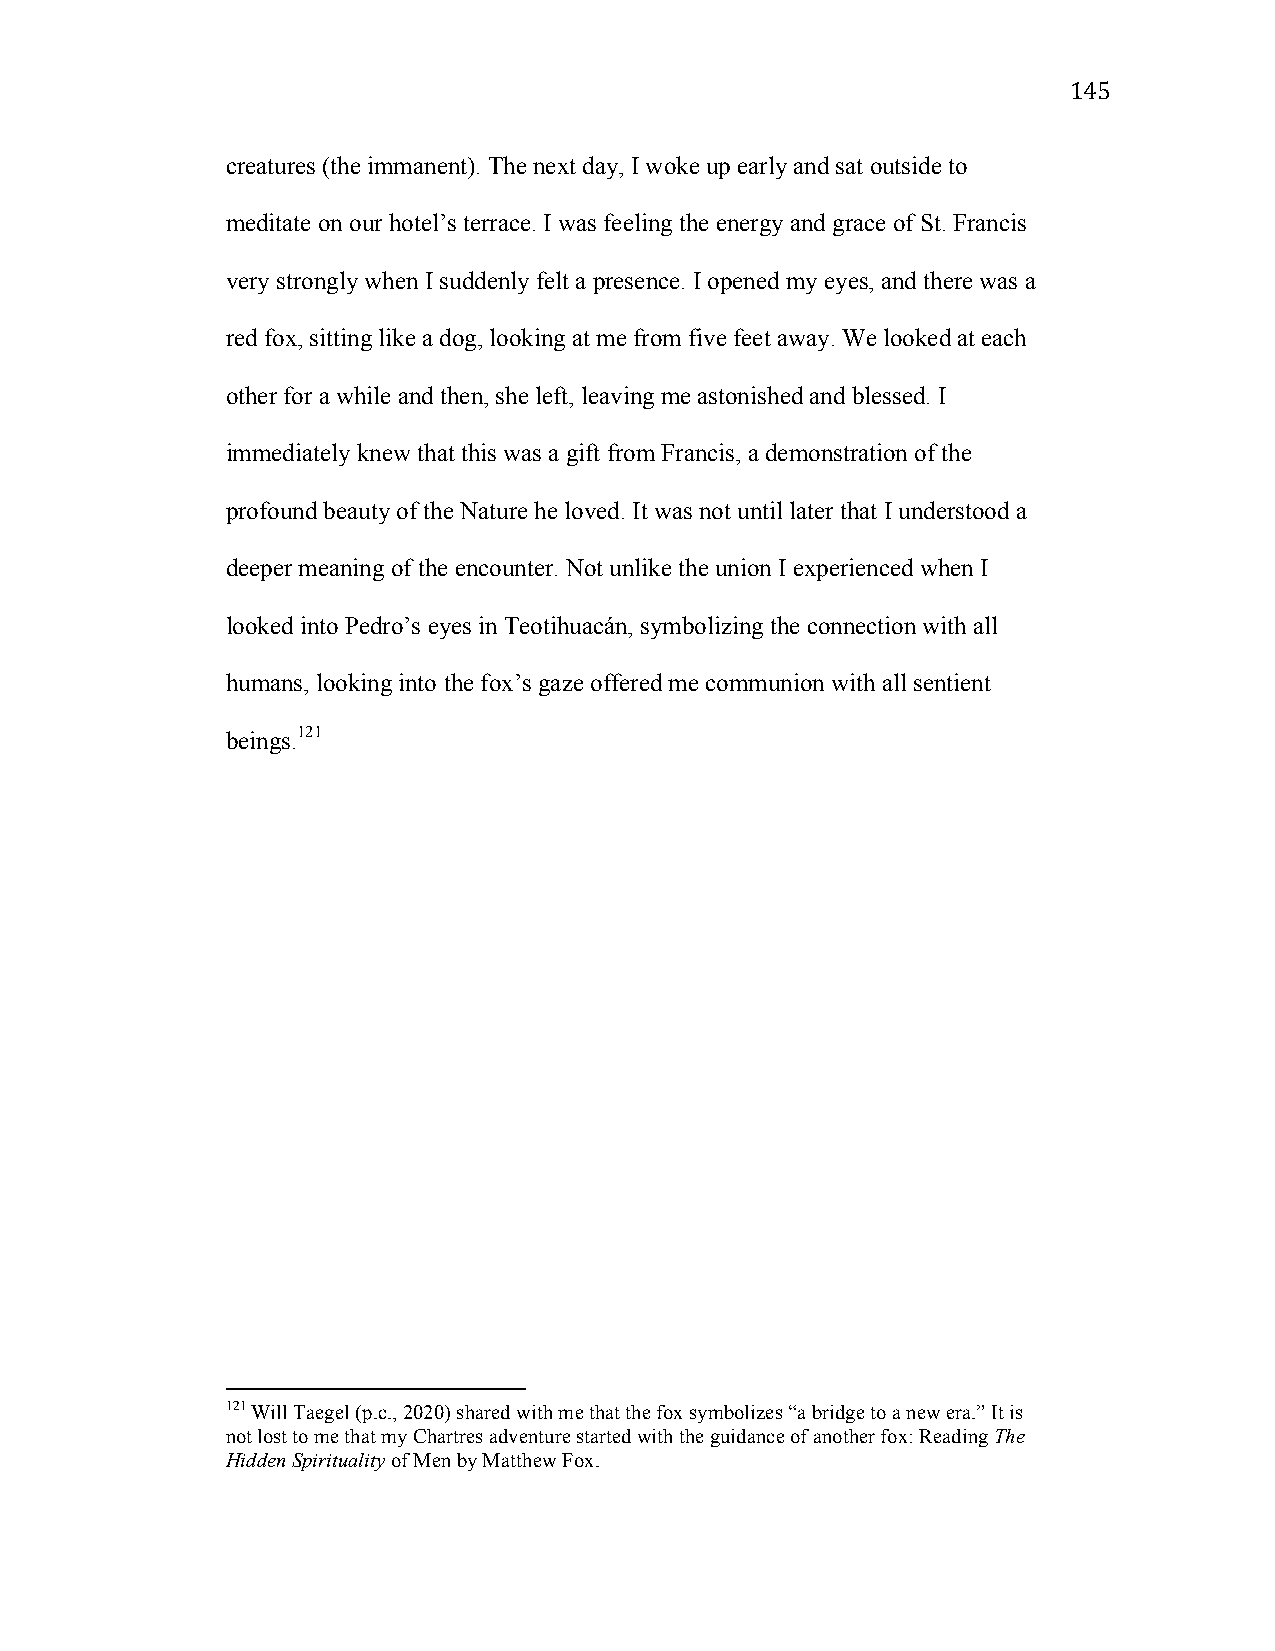
145
 creatures (the immanent). The next day, I woke up early and sat outside to
 meditate on our hotel’s terrace. I was feeling the energy and grace of St. Francis
 very strongly when I suddenly felt a presence. I opened my eyes, and there was a
 red fox, sitting like a dog, looking at me from five feet away. We looked at each
 other for a while and then, she left, leaving me astonished and blessed. I
 immediately knew that this was a gift from Francis, a demonstration of the
 profound beauty of the Nature he loved. It was not until later that I understood a
 deeper meaning of the encounter. Not unlike the union I experienced when I
 looked into Pedro’s eyes in Teotihuacán, symbolizing the connection with all
 humans, looking into the fox’s gaze offered me communion with all sentient
 beings.121
 121 Will Taegel (p.c., 2020) shared with me that the fox symbolizes “a bridge to a new era.” It is
 not lost to me that my Chartres adventure started with the guidance of another fox: Reading The
 Hidden Spirituality of Men by Matthew Fox.